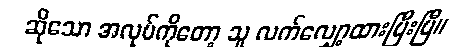
ဆိုသော အလုပ်ကိုတော့ သူ လက်လျှော့ထားပြီးပြီ။